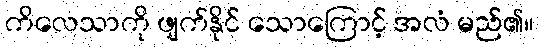
ကိလေသာကို ဖျက်နိုင် သောကြောင့် အလံ မည်၏။